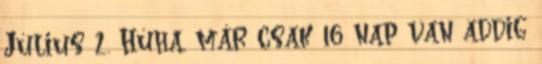
Július 2. Húha, már csak 16 nap van addig